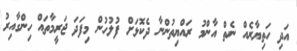
އަދި ހަތިޔާރެއް ނެތް އާންމު ރައްޔިތުންނާ ދެކޮޅަށް ފުލުހުން މިފަދަ ޖަރީމާތައް ހިންގާއިރު